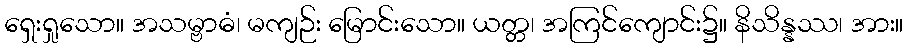
ရှေးရှုသော။ အသမ္ဗာဓံ၊ မကျဉ်း မြောင်းသော။ ယတ္တ၊ အကြင်ကျောင်း၌။ နိသိန္နဿ၊ အား။